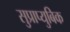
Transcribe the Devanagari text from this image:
सुप्राप्युबिक